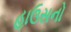
હાઉસનો